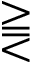
\gtreqqless